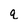
Character: q